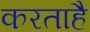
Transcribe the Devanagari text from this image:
करताहै